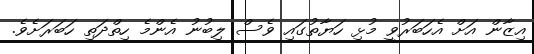
އިޒާން އަށް އެހަބަރުވީ މުޅި ހަޔާތުގައި ވެސް ލިބުނު އެންމެ ހިތްދަތި ހަބަރަށެވެ.